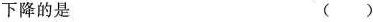
下降的是 ( )